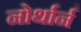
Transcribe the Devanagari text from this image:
नोर्थार्न